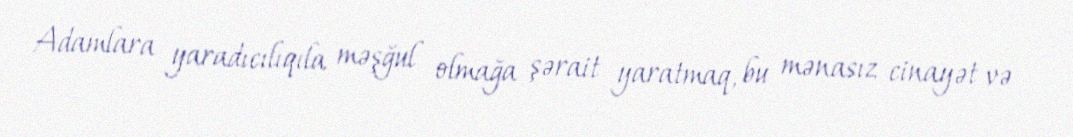
Adamlara yaradıcılıqıla məşğul olmağa şərait yaratmaq, bu mənasız cinayət və